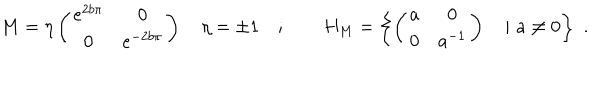
M = \eta \left( \begin{array} { c c } { { e ^ { 2 b \pi } } } & { { 0 } } \\ { { 0 } } & { { e ^ { - 2 b \pi } } } \\ \end{array} \right) \quad \eta = \pm 1 \quad ; \qquad H _ { M } = \left\{ \left( \begin{array} { c c } { { a } } & { { 0 } } \\ { { 0 } } & { { a ^ { - 1 } } } \\ \end{array} \right) \quad \vert \, \, a \neq 0 \right\} \, \, .